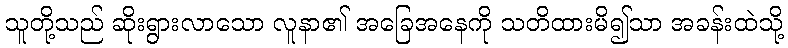
သူတို့သည် ဆိုးရွားလာသော လူနာ၏ အခြေအနေကို သတိထားမိ၍သာ အခန်းထဲသို့